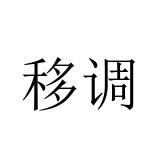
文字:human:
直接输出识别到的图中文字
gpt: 移调